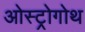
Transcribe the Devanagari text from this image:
ओस्ट्रोगोथ